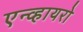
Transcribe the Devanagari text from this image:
एन्व्हायरो